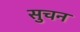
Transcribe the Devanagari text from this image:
सुचन